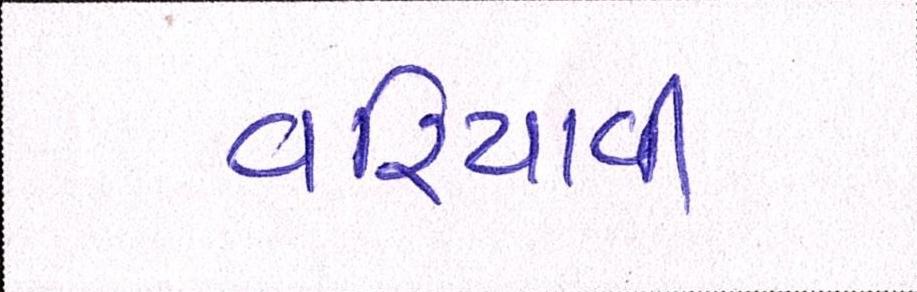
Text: વરિયાવી